Annual report of the Punjab Veterinary College and of the Civil Veterinary Department, Punjab - 1926-1932
Year: 1926
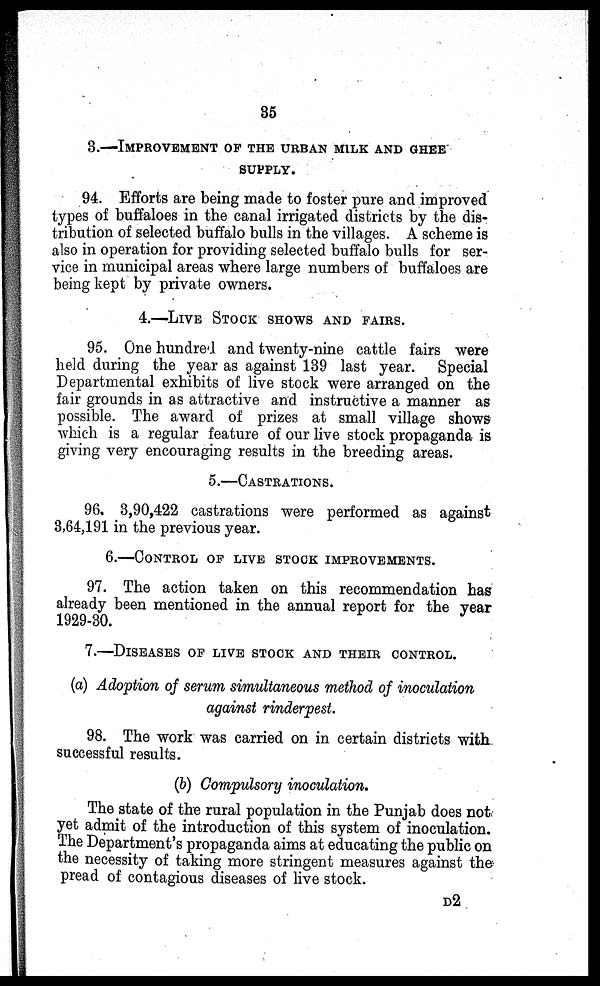
35
3.—IMPROVEMENT OF THE URBAN MILK AND GHEE
SUPPLY.
94. Efforts are being made to foster pure and improved
types of buffaloes in the canal irrigated districts by the dis-
tribution of selected buffalo bulls in the villages. A scheme is
also in operation for providing selected buffalo bulls for ser-
vice in municipal areas where large numbers of buffaloes are
being kept by private owners.
4.—LIVE STOCK SHOWS AND FAIRS.
95. One hundred and twenty-nine cattle fairs were
held during the year as against 139 last year.
Special
Departmental exhibits of live stock were arranged on the
fair grounds in as attractive and instructive a manner as
possible. The award of prizes at small village shows
which is a regular feature of our live stock propaganda is
giving very encouraging results in the breeding areas.
5.—CASTRATION.
96. 3,90,422 castrations were performed as against
3,64,191 in the previous year.
6.—CONTROL OF LIVE STOCK IMPROVEMENTS.
97. The action taken on this recommendation has
already been mentioned in the annual report for the year
1929-30.
7.—DISEASES OF LIVE STOCK AND THEIR CONTROL.
(a) Adoption of serum simultaneous method of inoculation
against rinderpest.
98. The work was carried on in certain districts with
successful results.
(b) Compulsory inoculation.
The state of the rural population in the Punjab does not
yet admit of the introduction of this system of inoculation.
The Department's propaganda aims at educating the public on
the necessity of taking more stringent measures against the
pread of contagious diseases of live stock.
D2